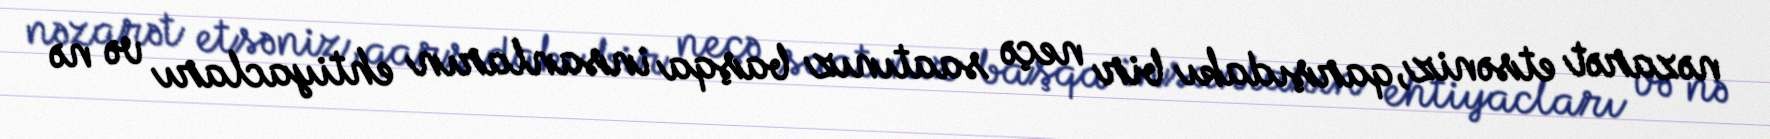
nəzarət etsəniz, qarşıdakı bir neçə saatınız başqa insanların ehtiyacları və nə